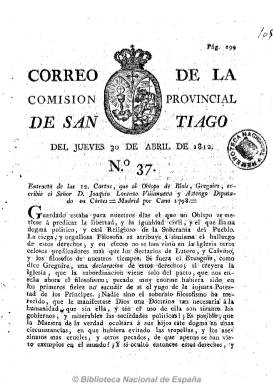
Título: Correo de la Comisión Provincial de Santiago
Colección: Periódicos anteriores a 1850
Ámbito geográfico: La Coruña
Lugar de publicación: Santiago [La Coruña]
Fechas: 30/04/1812-30/04/1812

Considerado como órgano oficial de la comisión que se crea en Santiago en el momento en el que el ejército francés está a punto de tomar definitivamente Asturias y llega hasta la frontera gallega. Se publica desde del 21 de noviembre de 1811 hasta el 28 de junio de 1812, con algunas interrupciones. La comisión había sido integrada por los sectores más conservadores de la ciudad, y su bisemanario (que saldrá jueves y domingo) será inspirado, dirigido y redactado por el reaccionario Manuel Freire Castrillón (1751-1821). Checa Godoy considera que es publicado para “reforzar” el frente servil de El sensato, que había empezado a publicarse el 15 de agosto y del que Castrillón venía siendo colaborador habitual.

Publicado en números de ocho páginas y foliación seguida, sale de la Oficina de Ignacio Aguayo. Su cabecera incluye el escudo de la ciudad, y será un periódico informativo y doctrinal, que publicará artículos de opinión, cartas, noticias, órdenes de alistamiento, contribuciones, etc. Será contrario a la Constitución y redactado por un perseguidor de liberales como el absolutista Castrillón, defensor acérrimo de la Inquisición, de la que durante el posterior periodo absolutista llegará a ser su secretario en Galicia.